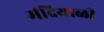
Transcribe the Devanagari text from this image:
मंदियाळी